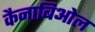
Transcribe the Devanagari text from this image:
कैनाबिओल